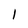
Character: l